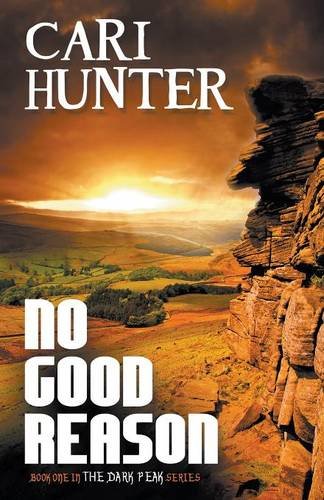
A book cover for No Good Reason; Cari Hunter; Romance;